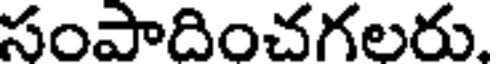
సంపాదించగలరు.